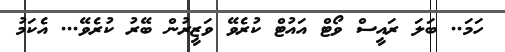
ހަމަ.. ބަލަ ރައީސް ވޯޓް އައުޓް ކުރެވޭ ވަޒީރުން ބޭރު ކުރެވޭ... އެކަމު